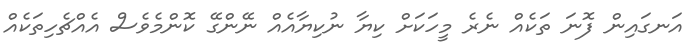
އަނގައިން ފޮނަ ތަކެއް ނެރެ މީހަކަށް ކިޔާ ނުކިޔާއެއް ނޭންގޭ ކޮންމެވެސް އެއްޗެހިތަކެއް